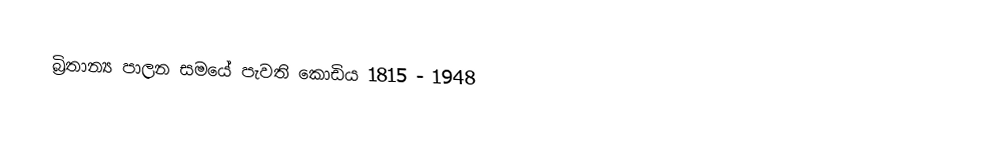
බ්‍රිතාන්‍ය පාලන සමයේ පැවති කොඩිය 1815 - 1948